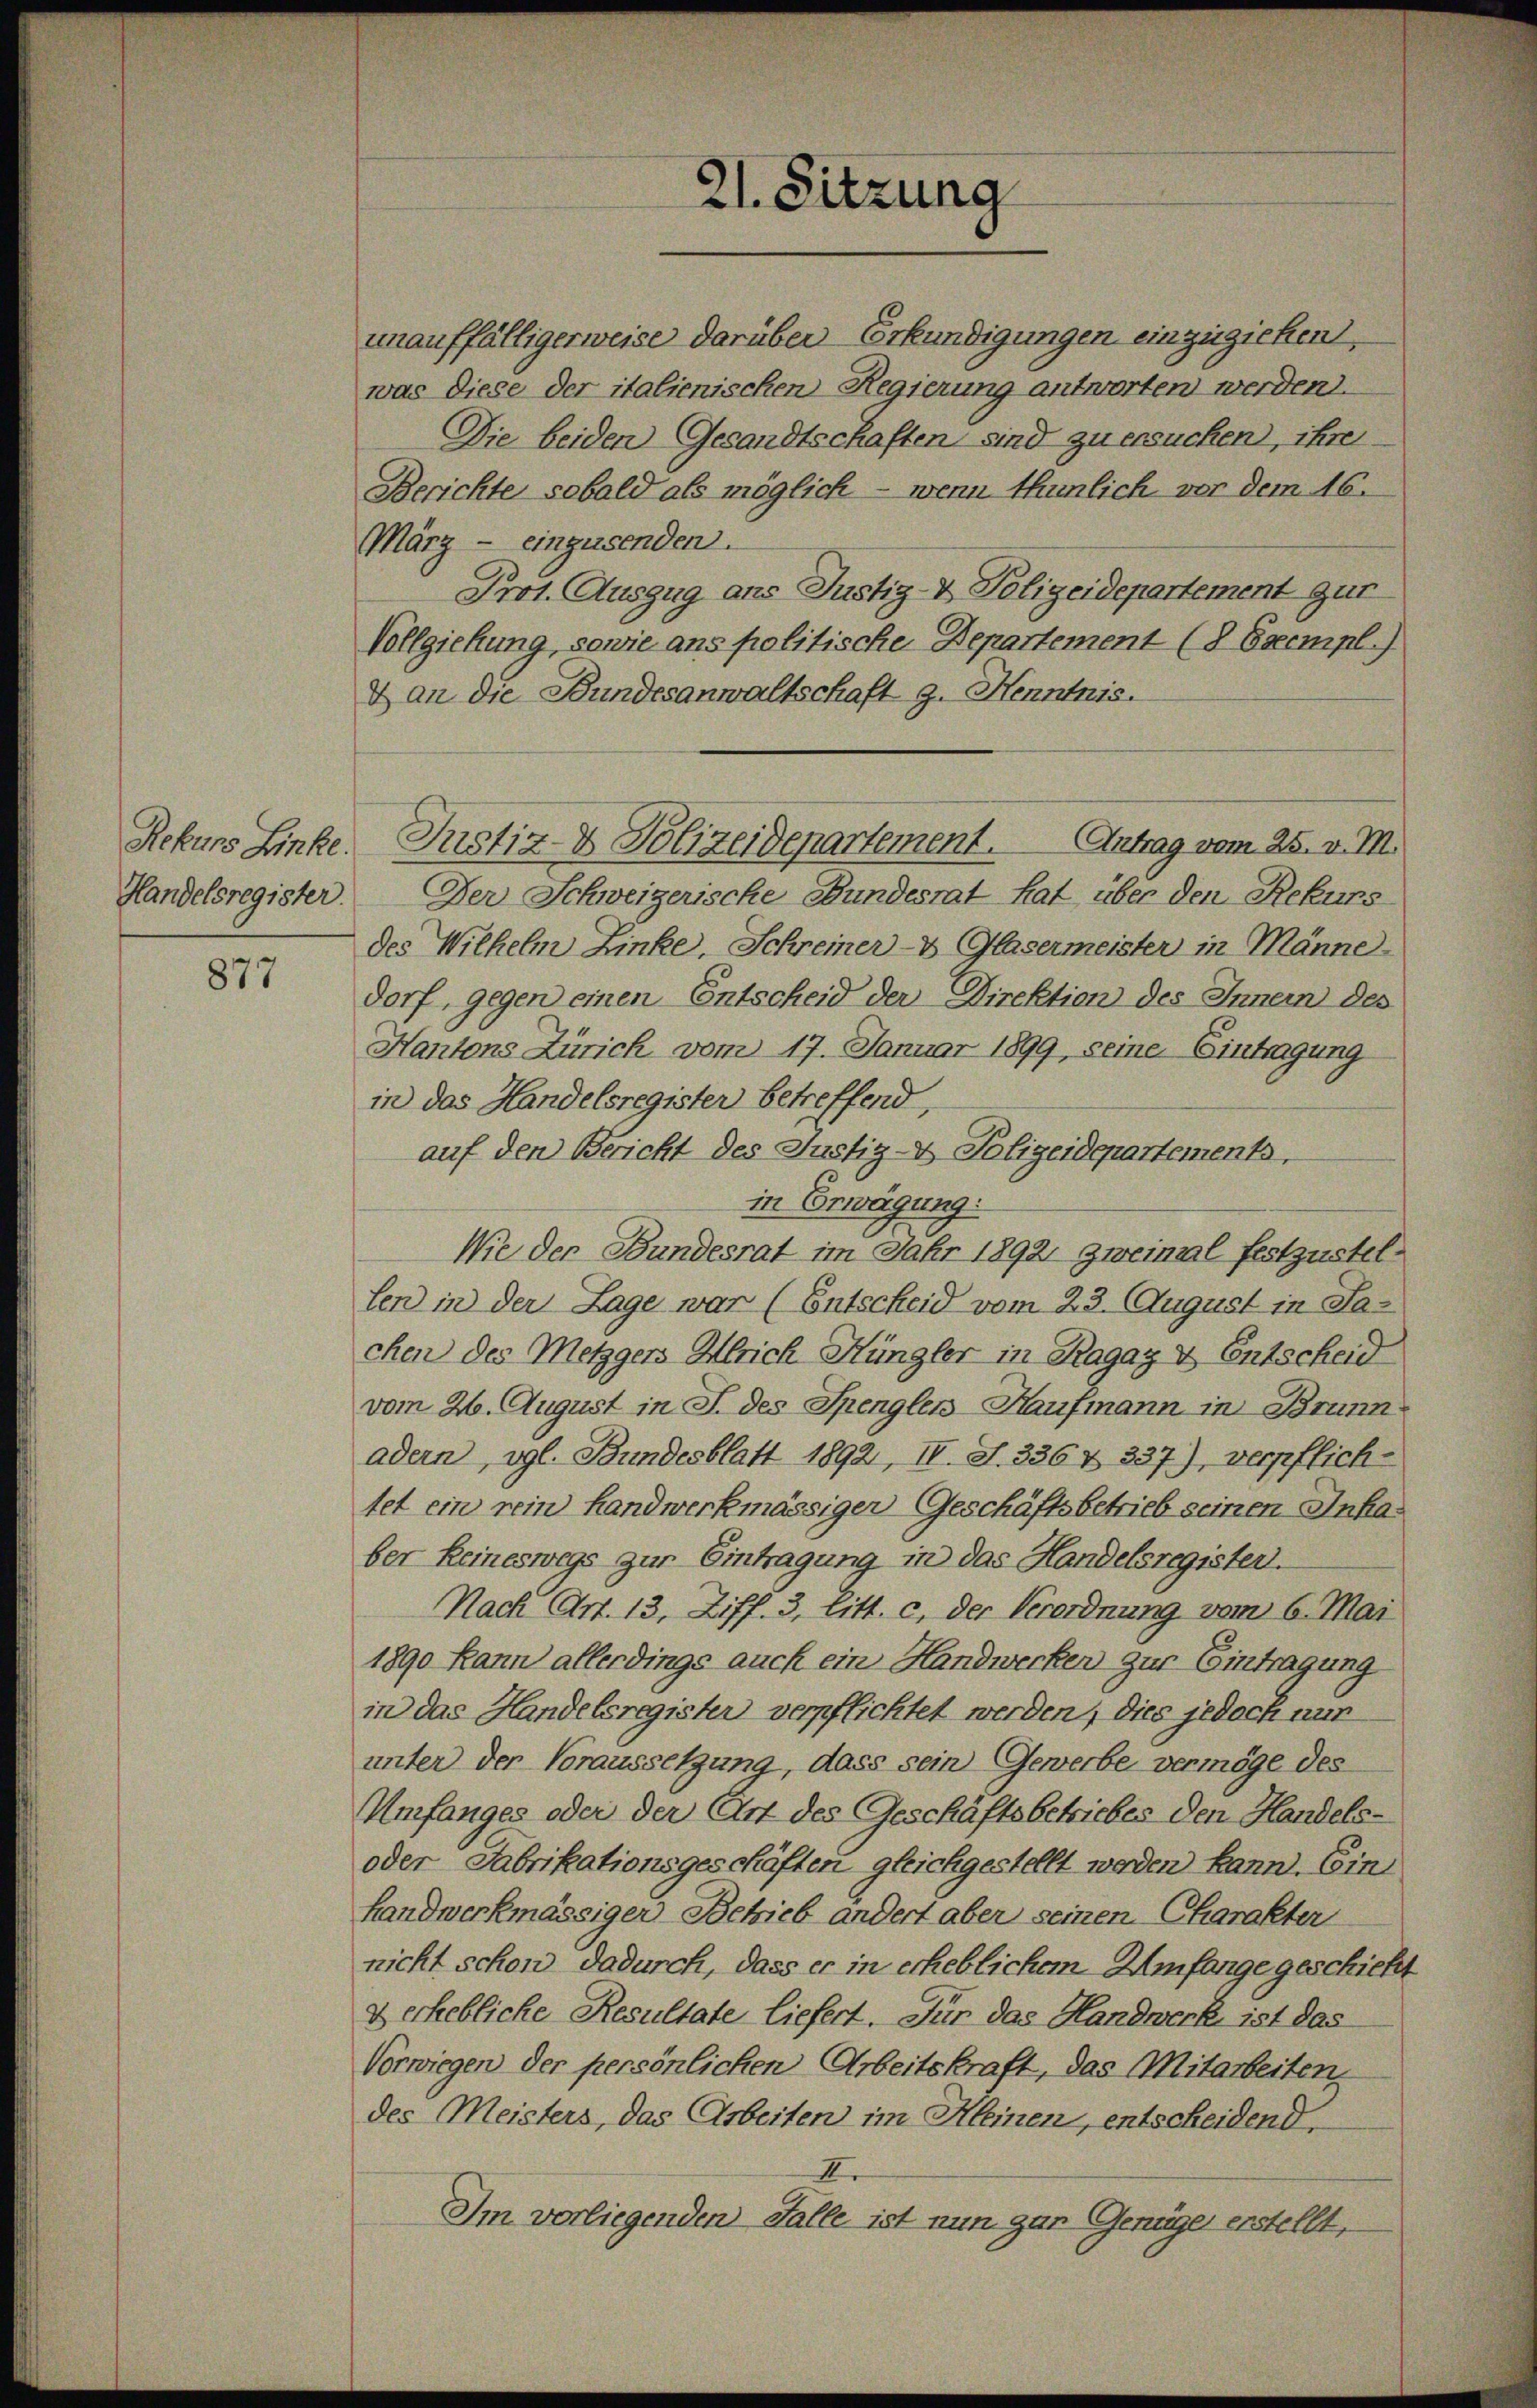
Rekurs Linke.
Handelsregister

877

unauffälligerweise darüber Erkundigungen einzuziehen,
was diese der italienischen Regierung antworten werden.
Die beiden Gesandtschaften sind zu ersuchen, ihre
Berichte sobald als möglich - wenn thunlich vor dem 16.
März - einzusenden.
Prot. Auszug ans Justiz- & Polizeidepartement gut
Vollziehung, sowie ans politische Departement (8 Exempl.)
& an die Bundesanwaltschaft 9. Henntnis.
Der Schweizerische Bundesrat hat über den Rekurs
des Wilhelm Linke, Schreiner- & Glasermeister in Männe
dorf, gegen einen Entscheid der Direktion des Innern des
Kantons Zürich vom 17. Januar 1899, seine Eintragung
in das Handelsregister betreffend,
auf den Bericht des Justiz- & Polizeidepartements.
in Erwägung:
Wie der Bundesrat im Jahr 1892 zweimal festzustellen in der Lage war (Entscheid vom 23. August in Jachen des Metzgers Ulrich Hüngler in Ragaz & Entscheid
vom 26. August in J. des Spengler-Haufmann in Brunn
adern, vgl. Bundesblatt 1892, II. S. 336 & 337), verpflichtet ein rein Handwerkmässiger Geschäftsbetrieb seinen Inkaber keineswegs zur Eintragung in das Handelsregister.
Nach Art. 13, Ziff. 3, Litt. c. der Verordnung vom 6. Mai
1890 kann allerdings auch ein Handwerken zur Eintragung
in das Handelsregister verpflichtet werden, dies jedoch nun
unter der Voraussetzung, dass sein Gewerbe vermöge des
Umfanges oder der Art des Geschäftsbetriebes den Handels-
oder Fabrikationsgeschäften gleichgestellt werden kann. Ein
handwerkmässiger Betrieb ändert aber seinen Charakter
nicht schon dadurch, dass er in erheblichem Umfange geschicht
& erhebliche Resultate liefert. Für das Handwerk ist das
Vorwiegen der persönlichen Arbeitskraft, das Mitarbeiten,
des Meisters, das Arbeiten im Kleinen, entscheidend,
II
Im vorliegenden Falle ist nun gar Genüger erstellt,

21. Sitzung

Justiz- & Polizeidepartement. Antrag vom 25. v. M.